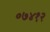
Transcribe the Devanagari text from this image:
०७४१२